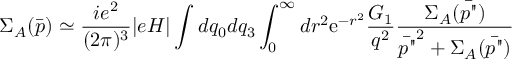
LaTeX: \Sigma _ { A } ( \bar { p } ) \simeq \frac { i e ^ { 2 } } { ( 2 \pi ) ^ { 3 } } | e H | \int d q _ { 0 } d q _ { 3 } \int _ { 0 } ^ { \infty } d r ^ { 2 } \mathrm { e } ^ { - r ^ { 2 } } \frac { G _ { 1 } } { q ^ { 2 } } \frac { \Sigma _ { A } ( \bar { p " } ) } { \bar { p " } ^ { 2 } + \Sigma _ { A } ( \bar { p " } ) }